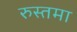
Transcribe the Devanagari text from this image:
रुस्तमा